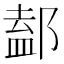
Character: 𨜴